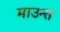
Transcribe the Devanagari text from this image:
माउन्त